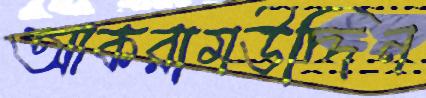
আকরামউদ্দিন